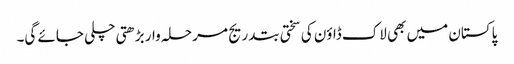
پاکستان میں بھی لاک ڈاؤن کی سختی بتدریج مرحلہ وار بڑھتی چلی جائے گی۔